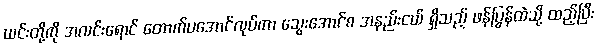
ယင်းတို့ကို အလင်းရောင် တောက်ပအောင်လုပ်ကာ သွေးအောင်စ အနည်းငယ် ရှိသည့် ဖန်ပြွန်ထဲသို့ ထည့်ပြီး